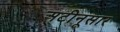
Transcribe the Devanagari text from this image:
अटीनूसार